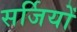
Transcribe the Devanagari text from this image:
सर्जियों